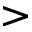
>